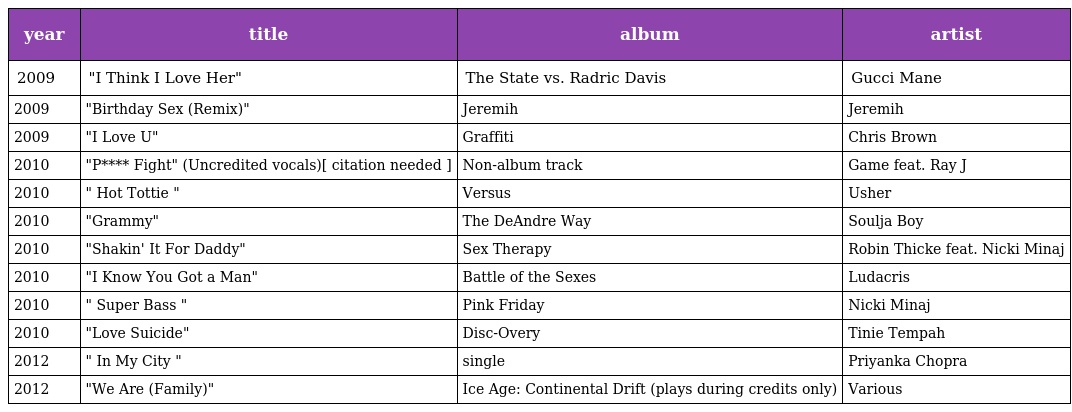
| year | title | album | artist |
 | --- | --- | --- | --- |
 | 2009 | "I Think I Love Her" | The State vs. Radric Davis | Gucci Mane |
 | 2009 | "Birthday Sex (Remix)" | Jeremih | Jeremih |
 | 2009 | "I Love U" | Graffiti | Chris Brown |
 | 2010 | "P**** Fight" (Uncredited vocals)[ citation needed ] | Non-album track | Game feat. Ray J |
 | 2010 | " Hot Tottie " | Versus | Usher |
 | 2010 | "Grammy" | The DeAndre Way | Soulja Boy |
 | 2010 | "Shakin' It For Daddy" | Sex Therapy | Robin Thicke feat. Nicki Minaj |
 | 2010 | "I Know You Got a Man" | Battle of the Sexes | Ludacris |
 | 2010 | " Super Bass " | Pink Friday | Nicki Minaj |
 | 2010 | "Love Suicide" | Disc-Overy | Tinie Tempah |
 | 2012 | " In My City " | single | Priyanka Chopra |
 | 2012 | "We Are (Family)" | Ice Age: Continental Drift (plays during credits only) | Various |